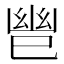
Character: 𫶹